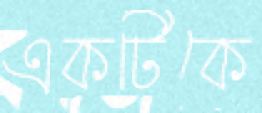
একটিকে